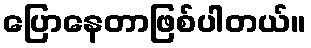
ပြောနေတာဖြစ်ပါတယ်။